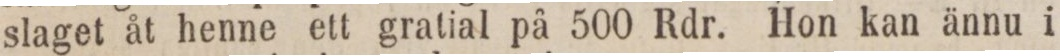
slaget åt henne ett gratial på 500 Rdr. Hon kan ännu i